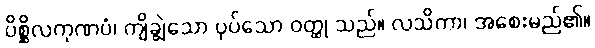
ပိစ္ဆိလကုဏပံ၊ ကျိချွဲသော ပုပ်သော ဝတ္ထု သည်။ လသိကာ၊ အစေးမည်၏။